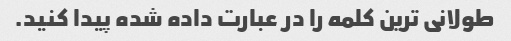
طولانی ترین کلمه را در عبارت داده شده پیدا کنید.